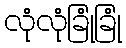
လုံလုံခြုံခြုံ